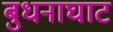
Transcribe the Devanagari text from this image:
बुधनाघाट